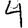
Digit: 4